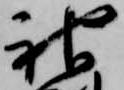
神